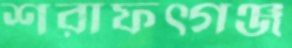
শরাফত্গঞ্জ